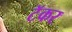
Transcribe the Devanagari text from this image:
टॅकर